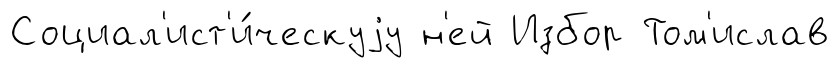
Социал'ист'и́ческуjу н'ей Избор Том'ислав